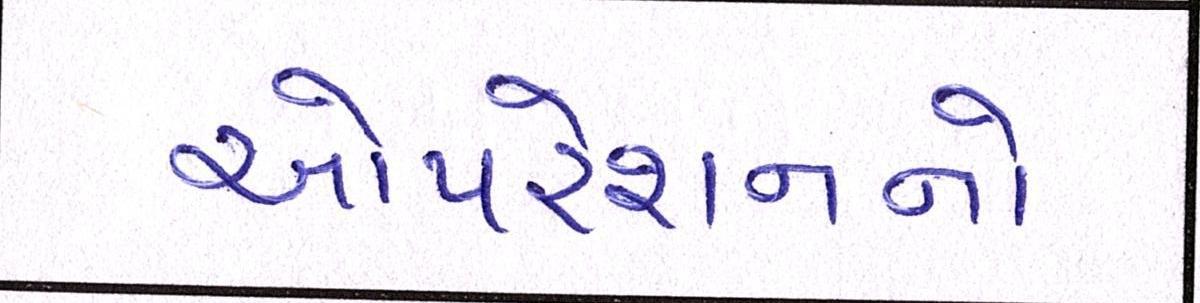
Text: ઓપરેશનનો